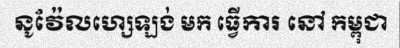
នូវ៉ែលហ្សេឡង់ មក ធ្វើការ នៅ កម្ពុជា